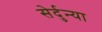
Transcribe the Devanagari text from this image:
सेर्दुन्या